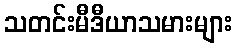
သတင်းမီဒီယာသမားများ